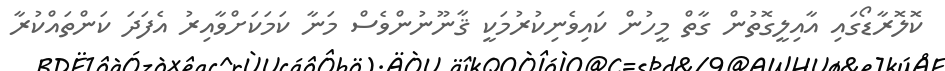
ކޮލޮރާޑޯގައި އާއިލީގޮތުން ގާތް މީހުން ކައިވެނިކުރުމަކީ ޤާނޫނުންވެސް މަނާ ކަމަކަށްވާއިރު އެފަދަ ކަންތައްކުރާ